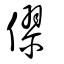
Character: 僇